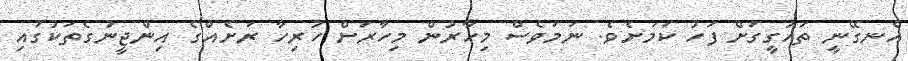
އެނގޭނީ ތަހުގީގަށް ފަހު ކަމަށެވެ. ނަމަވެސް މިހާރުން މިހާރަށް ހުރިހާ ރަށެއްގެ އިންޖީނުގެތަކުގައި